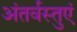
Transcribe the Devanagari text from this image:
अंतर्वस्तुएं